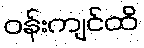
ဝန်းကျင်ထိ